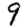
Digit: 9